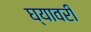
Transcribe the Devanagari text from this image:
घ्यावरी